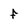
Character: f